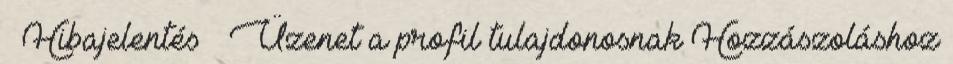
Hibajelentés Üzenet a profil tulajdonosnak Hozzászoláshoz